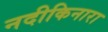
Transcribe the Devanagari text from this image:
नदीकिनारा